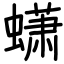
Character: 蟏